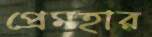
প্রেমহার